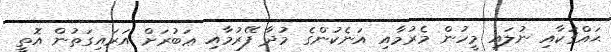
ޙައްޤަކާއި ނުލައި މީހުން މެރުމާއި އަނެކުންގެ މުދާ ފޭރުމާއި ޢަބުރަށް އަރައިގަތުން އޮތީ